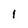
Character: 1